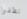
نظفوا